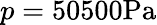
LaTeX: p=50500\mathrm{Pa}